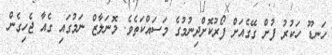
ހަނޑޫ ހަކުރު ފުށް ގޭގެއަށް ފޯރުކޮށްދިނުމުގެ މަސައްކަތެވެ. މޮނަލާޒް ނަމުގައި ގެއާ ޖެހިގެން